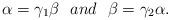
LaTeX: \begin{align*} \alpha=\gamma_{1}\beta \ \ and \ \ \beta=\gamma_{2}\alpha. \end{align*}